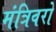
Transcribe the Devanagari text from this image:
मंत्रिवरो